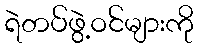
ရဲတပ်ဖွဲ့ဝင်များကို